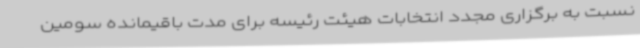
نسبت به برگزاری مجدد انتخابات هیئت رئیسه برای مدت باقیمانده سومین